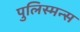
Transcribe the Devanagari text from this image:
पुलिस्मन्स